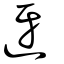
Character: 迓